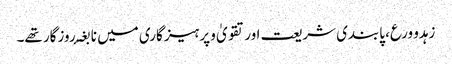
زہدو ورع، پابندی شریعت اور تقویٰ و پرہیز گاری میں نا بغۂ روزگار تھے۔